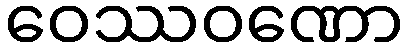
ဝေဿဝဏော